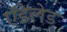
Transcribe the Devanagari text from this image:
ऍडेलेड